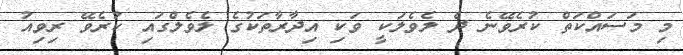
މި މަސައްކަތް ކުރެވޭނެ ދެ ލެވެލަކީ ވަކި އިދާރާތަކުގެ ލެވެލްގައި ކުރެވޭ ރިވިއު